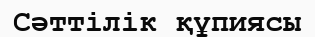
Сәттілік құпиясы